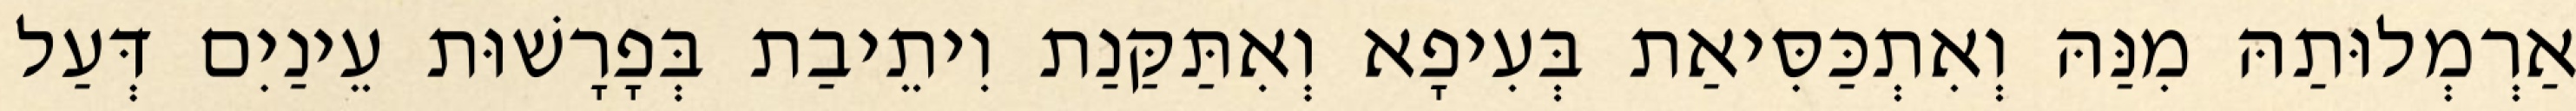
אַרְמְלוּתַהּ מִנַּהּ וְאִתְכַּסִּיאַת בְּעִיפָא וְאִתַּקַּנַת וִיתֵיבַת בְּפָרָשׁוּת עֵינַיִם דְּעַל